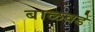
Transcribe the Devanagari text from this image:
बाळवडे